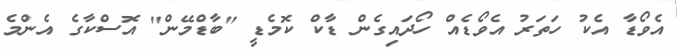
އެވޯޑާ އެކު ހަތަރު އެވޯޑެއް ހޯދައިގެން ޑާކް ކޮމެޑީ "ބާޑްމޭން" އޮސްކާގެ އެންމެ